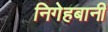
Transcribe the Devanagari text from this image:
निगेहबानी